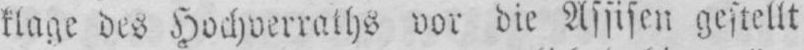
klage des Hochverraths vor die Assisen gestellt